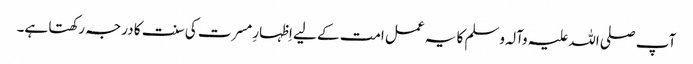
آپ صلی اللہ علیہ وآلہ وسلم کا یہ عمل امت کے لیے اِظہارِ مسرت کی سنت کا درجہ رکھتا ہے۔